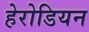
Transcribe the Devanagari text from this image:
हेरोडियन